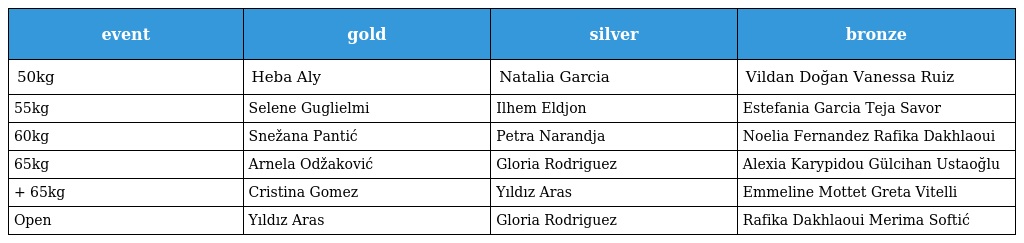
| event | gold | silver | bronze |
 | --- | --- | --- | --- |
 | 50kg | Heba Aly | Natalia Garcia | Vildan Doğan Vanessa Ruiz |
 | 55kg | Selene Guglielmi | Ilhem Eldjon | Estefania Garcia Teja Savor |
 | 60kg | Snežana Pantić | Petra Narandja | Noelia Fernandez Rafika Dakhlaoui |
 | 65kg | Arnela Odžaković | Gloria Rodriguez | Alexia Karypidou Gülcihan Ustaoğlu |
 | + 65kg | Cristina Gomez | Yıldız Aras | Emmeline Mottet Greta Vitelli |
 | Open | Yıldız Aras | Gloria Rodriguez | Rafika Dakhlaoui Merima Softić |